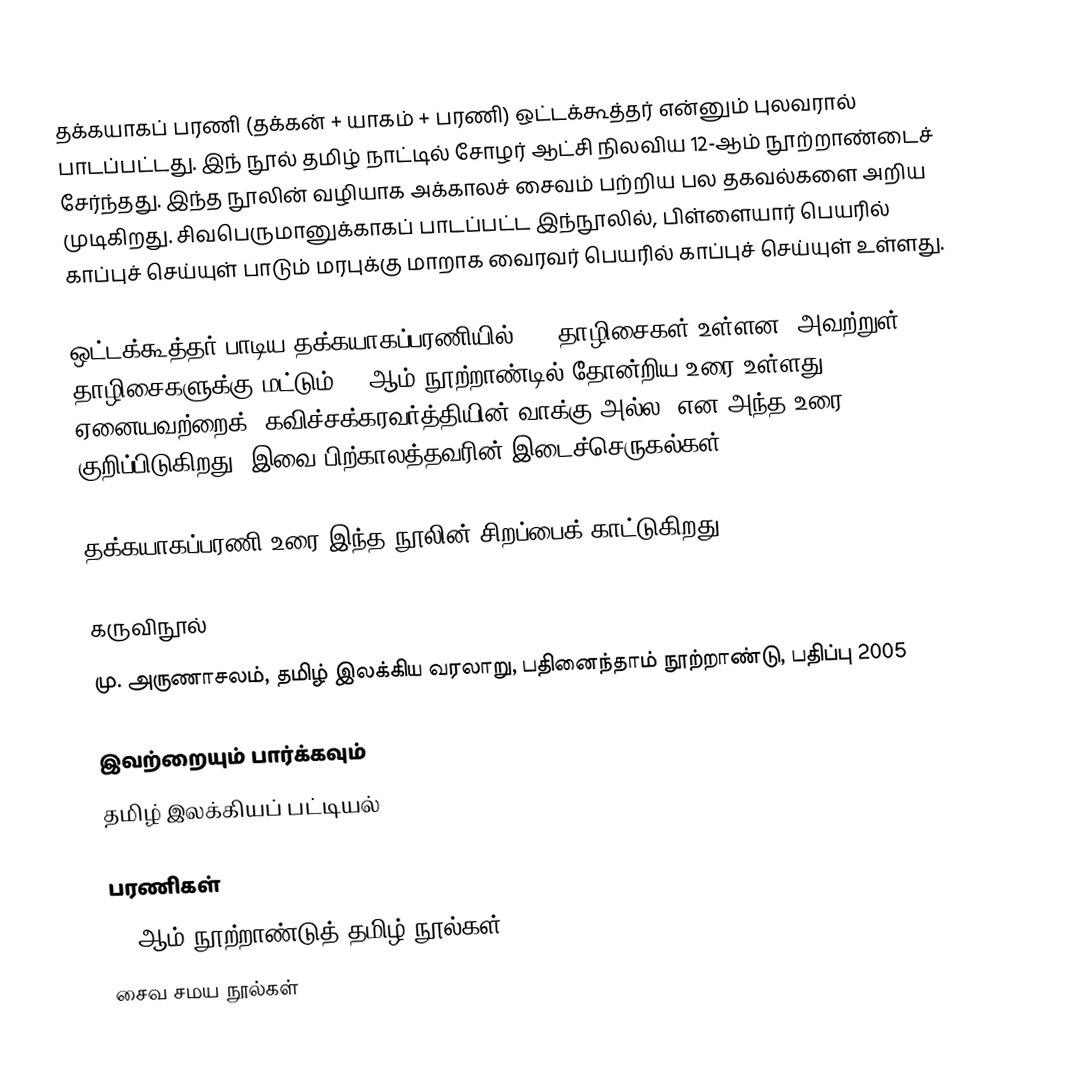
தக்கயாகப் பரணி (தக்கன் + யாகம் + பரணி) ஒட்டக்கூத்தர் என்னும் புலவரால் பாடப்பட்டது. இந் நூல் தமிழ் நாட்டில் சோழர் ஆட்சி நிலவிய 12-ஆம் நூற்றாண்டைச் சேர்ந்தது. இந்த நூலின் வழியாக அக்காலச் சைவம் பற்றிய பல தகவல்களை அறிய முடிகிறது. சிவபெருமானுக்காகப் பாடப்பட்ட இந்நூலில், பிள்ளையார் பெயரில் காப்புச் செய்யுள் பாடும் மரபுக்கு மாறாக வைரவர் பெயரில் காப்புச் செய்யுள் உள்ளது.

ஒட்டக்கூத்தர் பாடிய தக்கயாகப்பரணியில் 814 தாழிசைகள் உள்ளன. அவற்றுள் 516 தாழிசைகளுக்கு மட்டும் 16-ஆம் நூற்றாண்டில் தோன்றிய உரை உள்ளது. ஏனையவற்றைக் ‘கவிச்சக்கரவர்த்தியின் வாக்கு அல்ல’ என அந்த உரை குறிப்பிடுகிறது. இவை பிற்காலத்தவரின் இடைச்செருகல்கள்

தக்கயாகப்பரணி உரை இந்த நூலின் சிறப்பைக் காட்டுகிறது.

கருவிநூல்
மு. அருணாசலம், தமிழ் இலக்கிய வரலாறு, பதினைந்தாம் நூற்றாண்டு, பதிப்பு 2005

இவற்றையும் பார்க்கவும்
 தமிழ் இலக்கியப் பட்டியல்

பரணிகள்
12 ஆம் நூற்றாண்டுத் தமிழ் நூல்கள்
சைவ சமய நூல்கள்